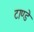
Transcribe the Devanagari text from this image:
टाण्डे